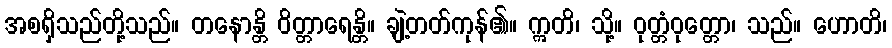
အစရှိသည်တို့သည်။ တနောန္တိ ဝိတ္တာရေန္တိ။ ချဲ့တတ်ကုန်၏။ ဣတိ၊ သို့။ ဝုတ္တံဝုတ္တော၊ သည်။ ဟောတိ၊